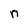
Character: n